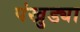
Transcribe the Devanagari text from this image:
पंखुड्या